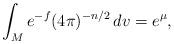
LaTeX: \begin{align*} \int_M e^{-f}(4 \pi)^{-n/2} \,dv=e^{\mu},\end{align*}